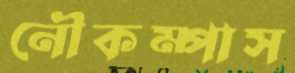
নৌকম্পাস